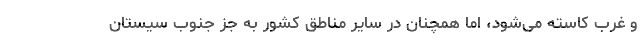
و غرب کاسته می‌شود، اما همچنان در سایر مناطق کشور به جز جنوب سیستان